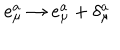
e _ { \mu } ^ { a } \to e _ { \mu } ^ { a } + \delta _ { \mu } ^ { a }